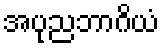
အပုညဘာဂိယံ